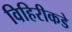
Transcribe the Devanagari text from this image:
विहिरीकडे